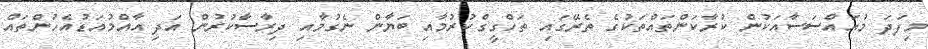
މިފަދަ މުއައްސަސާއަކުން ކުރާކަންތައްތަކުގެ ތެރޭގައި ތަހްގީގްކުރުމާއި ބަޔާން ނެގުމާއި ދިރާސާކުރުން އަދި އާއްމުއަޑުއެހުންތައް